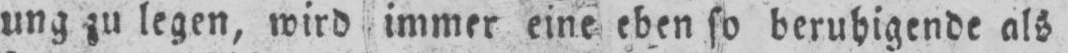
ung zu legen, wird immer eine eben so beruhigende als